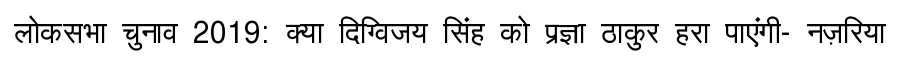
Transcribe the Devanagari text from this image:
लोकसभा चुनाव 2019: क्या दिग्विजय सिंह को प्रज्ञा ठाकुर हरा पाएंगी- नज़रिया